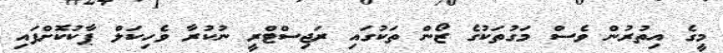
މީގެ އިތުރުން ވެސް މަގުތަކުގެ ޒޯން ތަކުގައި ރަޖިސްޓްރީ ނުކުރާ ވެހިކަލް ޕާކުކޮށްފައި